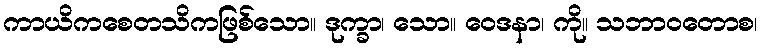
ကာယိကစေတသိကဖြစ်သော။ ဒုက္ခာ၊ သော။ ဝေဒနာ၊ ကို။ သဘာဝတောစ၊